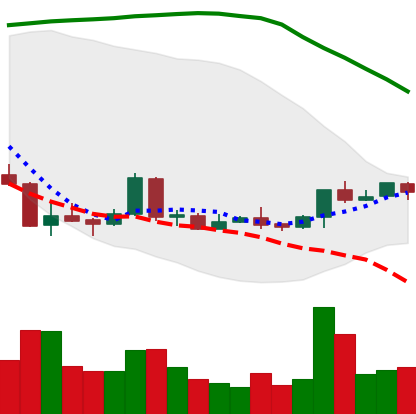
Ticker: LTC-USD
Chart end date: 2018-04-16
Forward return: 16.051%
Label: up_7plus